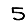
Digit: 5